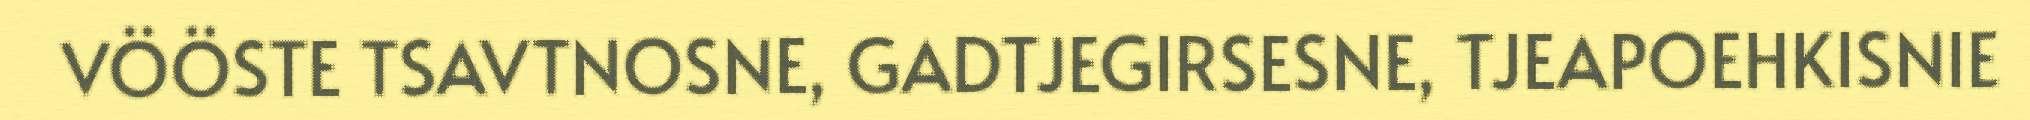
VÖÖSTE TSAVTNOSNE, GADTJEGIRSESNE, TJEAPOEHKISNIE